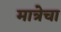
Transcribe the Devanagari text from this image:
मात्रेचा